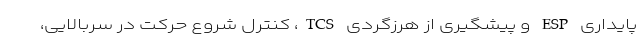
پایداری ESP و پیشگیری از هرزگردی TCS، کنترل شروع حرکت در سربالایی،